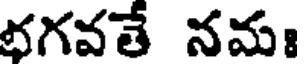
భగవతే నమః